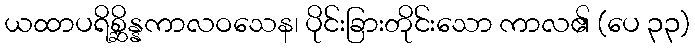
ယထာပရိစ္ဆိန္နကာလဝသေန၊ ပိုင်းခြားတိုင်းသော ကာလ၏ (ပေ ၃၃)